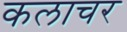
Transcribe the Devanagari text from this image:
कलाचर